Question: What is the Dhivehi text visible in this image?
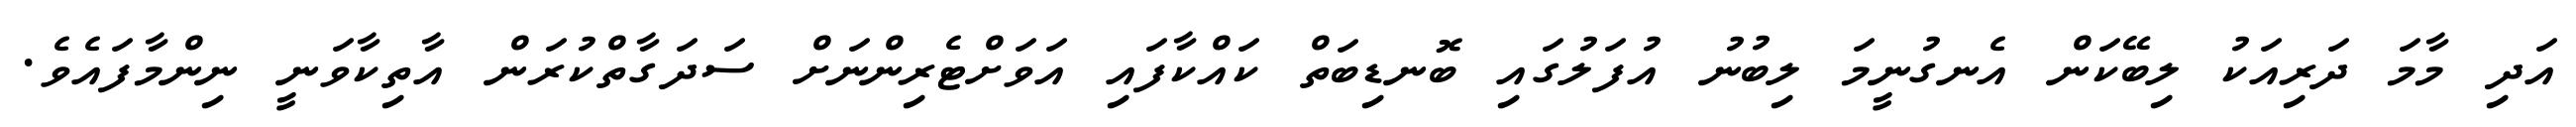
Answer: އަދި މާމަ ދަރިއަކު ލިބޭކަން އެނގުނީމަ ލިބުނު އުފަލުގައި ބޮނޑިބަތް ކައްކާފައި އަވަށްޓެރިންނަށް ސަދަގާތްކުރަން އާތިކާވަނީ ނިންމާފައެވެ.